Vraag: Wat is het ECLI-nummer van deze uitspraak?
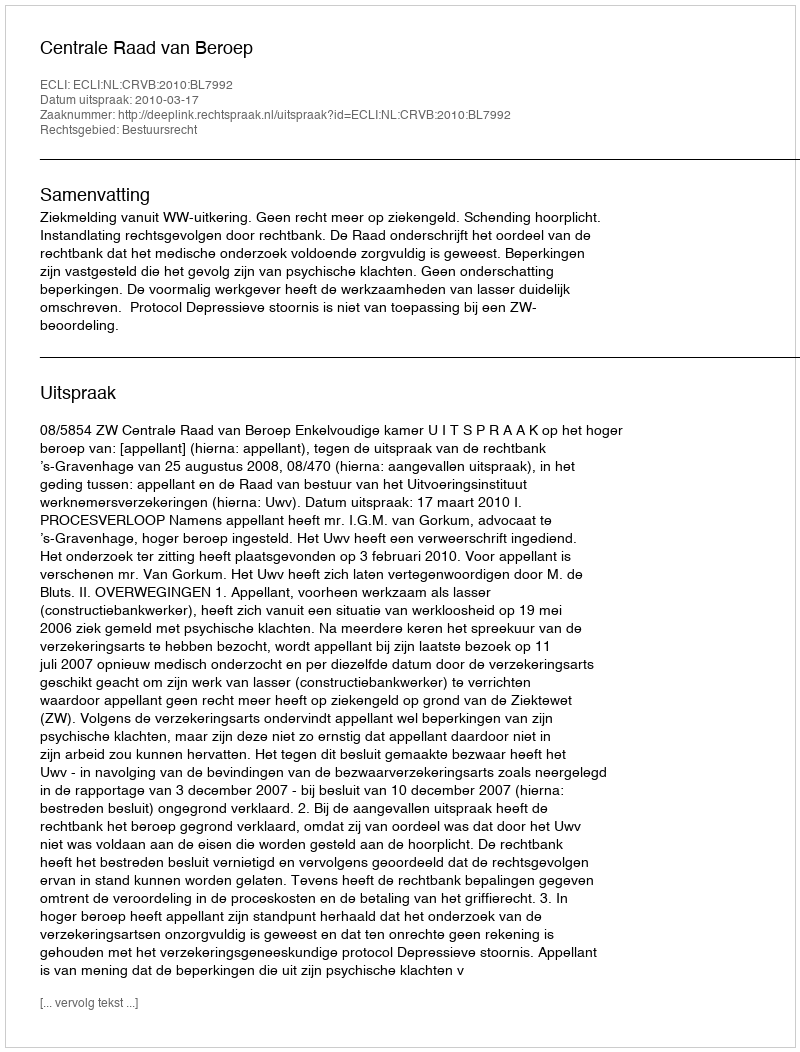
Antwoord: ECLI:NL:CRVB:2010:BL7992